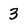
Character: 3